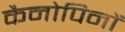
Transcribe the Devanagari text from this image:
कैनोपिनों